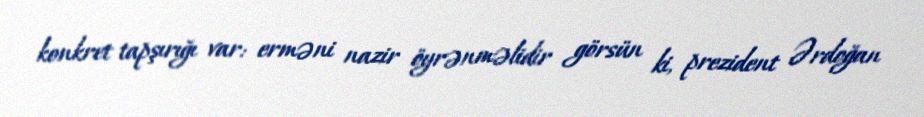
konkret tapşırığı var: erməni nazir öyrənməlidir görsün ki, prezident Ərdoğan